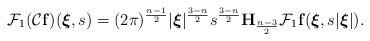
\begin{align*}\mathcal F_{1}(\mathcal C\mathbf f)(\boldsymbol\xi,s)=(2\pi)^{\frac{n-1}2}|\boldsymbol\xi|^\frac{3-n}2s^\frac{3-n}2\mathbf H_{\frac{n-3}2}\mathcal F_{1}\mathbf f(\boldsymbol\xi,s|\boldsymbol\xi|).\end{align*}